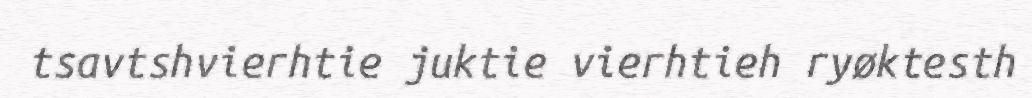
tsavtshvierhtie juktie vierhtieh ryøktesth